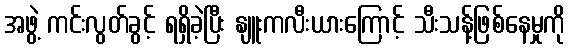
အဖွဲ့ ကင်းလွတ်ခွင့် ရရှိခဲ့ပြီး နျူးကလီးယားကြောင့် သီးသန့်ဖြစ်နေမှုကို